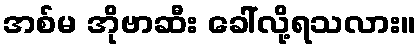
အစ်မ အိုဗာဆီး ခေါ်လို့ရသလား။